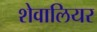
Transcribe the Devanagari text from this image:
शेवालियर